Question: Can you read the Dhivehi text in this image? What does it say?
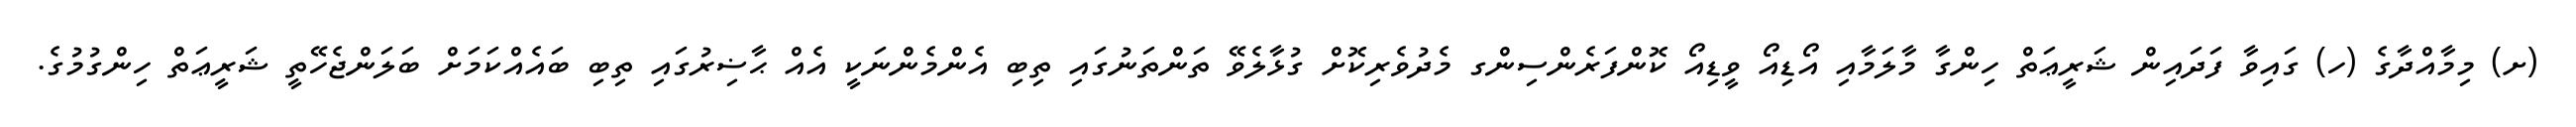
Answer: (ށ) މިމާއްދާގެ (ހ) ގައިވާ ފަދައިން ޝަރީޢަތް ހިންގާ މާލަމާއި އޯޑިއޯ ވީޑިއޯ ކޮންފަރެންސިންގ މެދުވެރިކޮށް ގުޅާލެވޭ ތަންތަނުގައި ތިބި އެންމެންނަކީ އެއް ޙާޟިރުގައި ތިބި ބައެއްކަމަށް ބަލަންޖެހޭތީ ޝަރީޢަތް ހިންގުމުގެ.